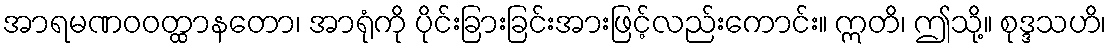
အာရမဏဝဝတ္ထာနတော၊ အာရုံကို ပိုင်းခြားခြင်းအားဖြင့်လည်းကောင်း။ ဣတိ၊ ဤသို့။ စုဒ္ဒသဟိ၊